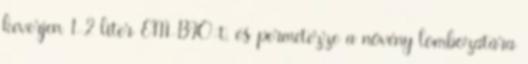
keverjen 1-2 liter EM-BIO-t, és permetezze a növény lombozatára